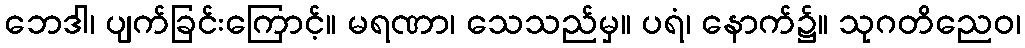
ဘေဒါ၊ ပျက်ခြင်းကြောင့်။ မရဏာ၊ သေသည်မှ။ ပရံ၊ နောက်၌။ သုဂတိညေဝ၊